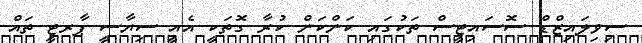
ސިވިލައިޒްޑް ސޮަސައިޓީސް ތަކުގައި ކަންކަން ކުރާ ގޮތަކީ އެއީ ސިޔާސީ ޕާރޓީ ތައް